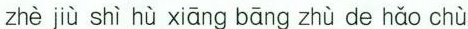
zhè jiù shì hù xiāng bāng zhù de hǎo chù